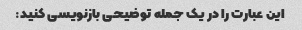
این عبارت را در یک جمله توضیحی بازنویسی کنید: